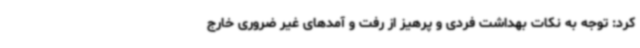
کرد: توجه به نکات بهداشت فردی و پرهیز از رفت و آمدهای غیر ضروری خارج